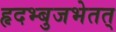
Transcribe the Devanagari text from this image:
हृदभ्बुजभेतत्